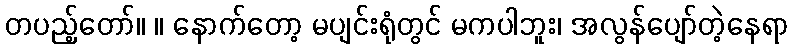
တပည့်တော်။ ။ နောက်တော့ မပျင်းရုံတွင် မကပါဘူး၊ အလွန်ပျော်တဲ့နေရာ